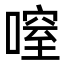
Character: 㗧